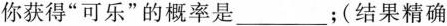
你获得”可乐”的概率是___；(结果精确